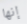
إنها